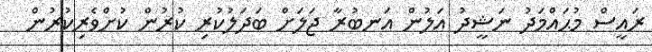
ރައީސް މުޙައްމަދު ނަޝީދު އަލުން އަނބުރާ ޖަލަށް ބަދަލުކުރި ކުރުން ކުށްވެރިކުރުން